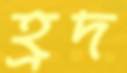
হ্রদ